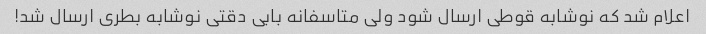
اعلام شد که نوشابه قوطی ارسال شود ولی متاسفانه بابی دقتی نوشابه بطری ارسال شد!